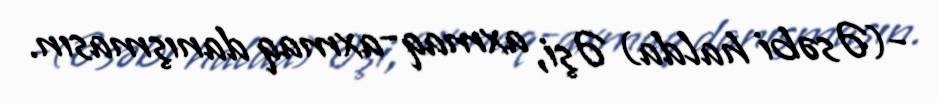
-(Əsəbi halda) Əşi, axmaq-axmaq danışmasın.